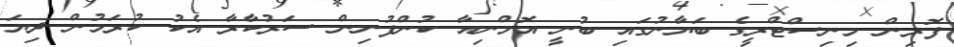
ފޮރިން މިނިސްޓްރީގެ ބަޔާނުގައި ބުނީ އޮމްނިއާ ކުންފުނިން ސަރުކާރާ އެކު ކުރަމުން ދިޔަ